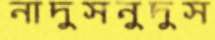
নাদুসনুদুস